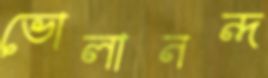
ভোলানন্দ